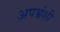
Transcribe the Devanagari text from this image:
अपभ्रंशी